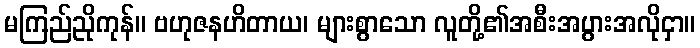
မကြည်ညိုကုန်။ ဗဟုဇနဟိတာယ၊ များစွာသော လူတို့၏အစီးအပွားအလိုငှာ။